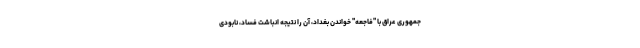
جمهوری عراق با "فاجعه" خواندن بغداد، آن را نتیجه انباشت فساد، نابودی